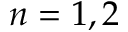
n = 1 , 2